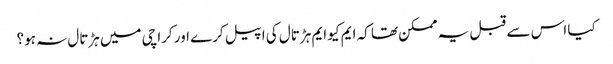
کیا اس سے قبل یہ ممکن تھا کہ ایم کیو ایم ہڑتال کی اپیل کرے اور کراچی میں ہڑتال نہ ہو؟